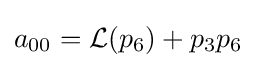
a_{00}={\mathcal {L}}(p_{6})+p_{3}p_{6}